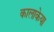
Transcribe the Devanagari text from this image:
कालाकेया